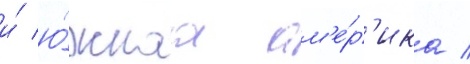
и́ ю́жнаа ам'е́р'ика /